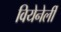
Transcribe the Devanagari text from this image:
वियेनेर्ली